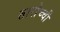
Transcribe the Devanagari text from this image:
तारोच्ची